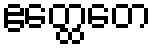
ဧတ္ထေတေ